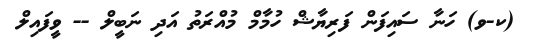
(ކ-ވ) ހަނާ ސައިފަން ފަރިޔާޝް ހުމާމް މުއްރަތު އަދި ނަބީލް -- ވީފައިލް